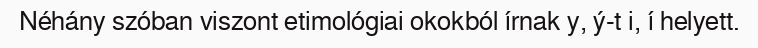
Néhány szóban viszont etimológiai okokból írnak y, ý-t i, í helyett.